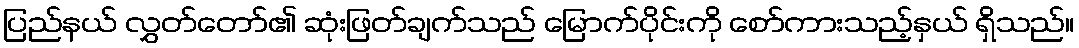
ပြည်နယ် လွှတ်တော်၏ ဆုံးဖြတ်ချက်သည် မြောက်ပိုင်းကို စော်ကားသည့်နှယ် ရှိသည်။